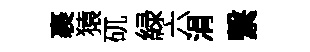
裹猿矹緑六涓繋